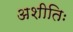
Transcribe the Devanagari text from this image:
अशीतिः